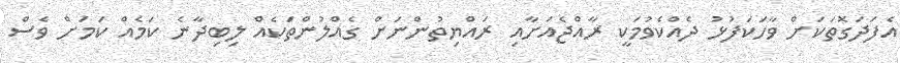
އެފަދަގޮތަކަށް ވާހަކަފުޅު ދެއްކެވުމަކީ ރާއްޖެއަށާއި ރައްޔިތުންނަށް ގެއްލުންތަކެއް ލިބިދާނެ ކަމެއް ކަމަށް ވެސް